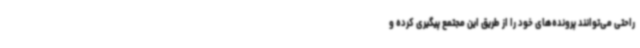
راحتی می‌توانند پرونده‌های خود را از طریق این مجتمع پیگیری کرده و